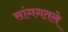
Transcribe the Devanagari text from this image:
सांगगतले